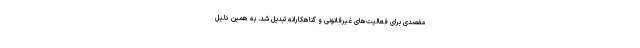
مقصدی برای فعالیت‌های غیرقانونی و گناهکارانه تبدیل شد. به همین دلیل